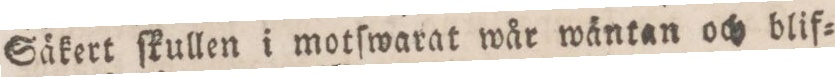
Säkert ſkullen i motſwarat wår wäntan och blif=